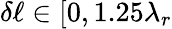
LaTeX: \delta\ell\in[0,1.25\lambda_{r}